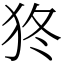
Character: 㹣